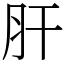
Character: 肝